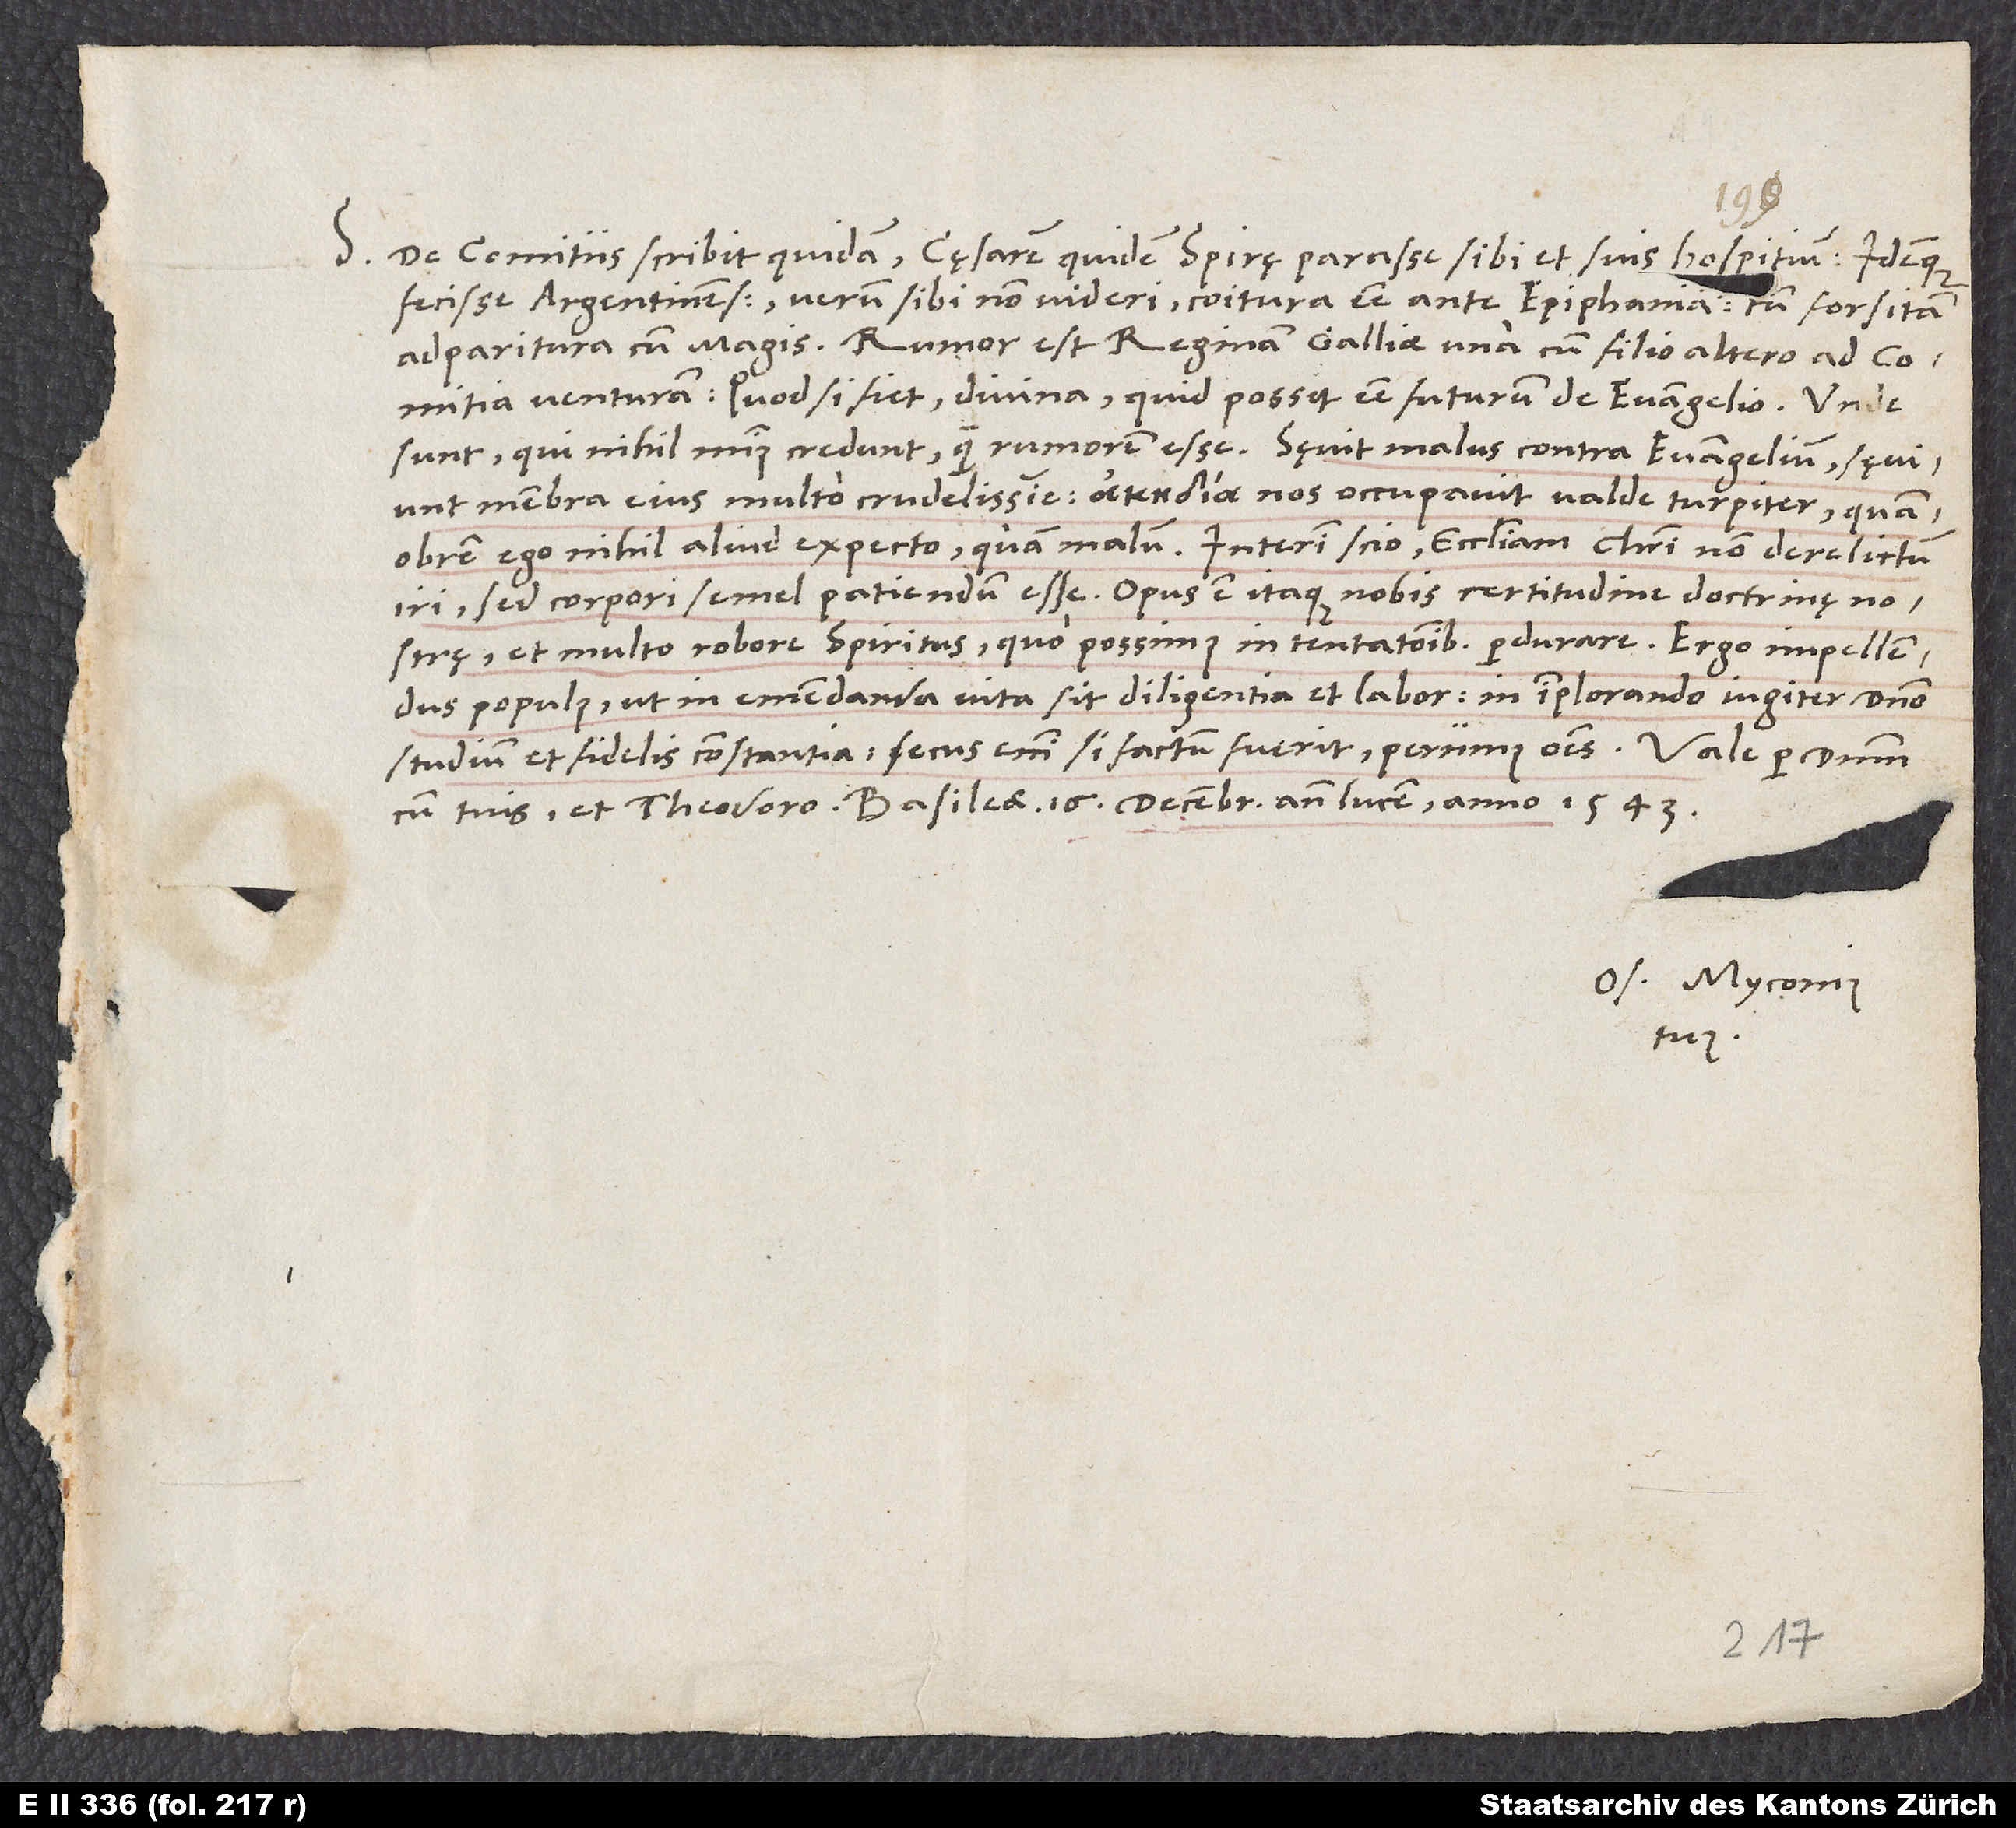
S. De comitiis scribit quidam cęsarem quidem Spirę parasse sibi et suis hospitium idemque
fecisse Argentinenses, verum sibi non videri coitura esse ante epiphaniam, tum forsitan
adparitura cum magis. Rumor est reginam Galliae una cum filio altero ad comitia
venturam. Quod si fiet, divina, quid possit esse futurum de evangelio. Unde
sunt, qui nihil minus credunt quam rumorem esse. Sęvit malus contra evangelium, sęviunt
membra eius multo crudelissime; nos occupavit valde turpiter, quamobrem
ego nihil aliud expecto quam malum. Interim scio ecclesiam Christi non derelictum
iri, sed corpori semel patiendum esse. Opus est itaque nobis certitudine doctrinę nostrę
et multo robore spiritus, quo possimus in tentationibus perdurare. Ergo impellendus
populus, ut in emendanda vita sit diligentia et labor, in implorando iugiter domino
studium et fidelis constantia; secus enim si factum fuerit, periimus omnes.
cum tuis et Theodoro. Basileae, 16. decembris ante lucem anno 1543.
Os. Myconius
tuus.